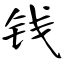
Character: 钱